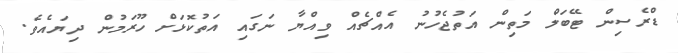
ޑްރެސިން ޓޭބަލް މަތިން އަތުޖެހުނު އެއްޗެއް ވިއްޔާ ނަގައި އަތުކޮޅަށް ހޫރަމުން ދިޔައެވެ.